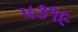
૫૩૧૯